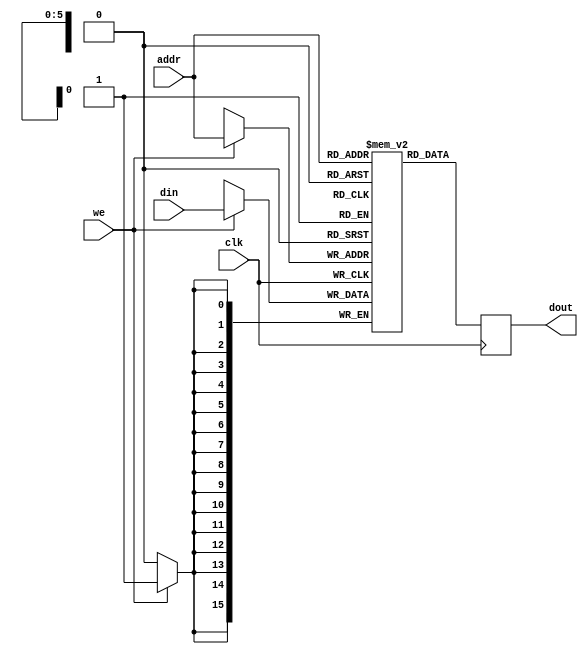
////////////////////////////////////////////////////////////////////////////////
//
// FPGAVN.COM
//
// Description  : This is the single port RAM which is implemented in Xilinx/ALtera
//  Block RAM. There are 3 ways to incorporate RAM into a design:
//  + Inference
//  + Core Generator
//  + Instantiation
//  In this design, Inference method are used.
//
// History (Date, Changed By)
//
////////////////////////////////////////////////////////////////////////////////

module sp_bram_inf_rf
    (
     clk,
     we,
     addr,
     din,
     dout
     );

////////////////////////////////////////////////////////////////////////////////
// Parameter declarations
parameter           G_ADDR  = 6;
parameter           G_WIDTH = 16;
localparam          G_DEPTH = 2**G_ADDR;

////////////////////////////////////////////////////////////////////////////////
// Port declarations
input                clk;
input                we;
input [G_ADDR-1:0]   addr;
input [G_WIDTH-1:0]  din;
output [G_WIDTH-1:0] dout;

////////////////////////////////////////////////////////////////////////////////
// Local logic and instantiation
reg [G_WIDTH-1:0]    dout;
reg [G_WIDTH-1:0]    RAM[G_DEPTH-1:0];

always @(posedge clk)
    begin
    if (we) RAM[addr] <= din;
    dout <= RAM[addr];
    end
    
endmodule